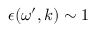
\epsilon ( \omega ^ { \prime } , \boldsymbol { k } ) \sim 1